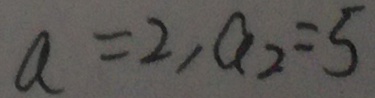
a = 2 , a _ { 2 } = 5